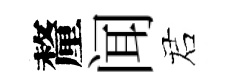
釐闻诺